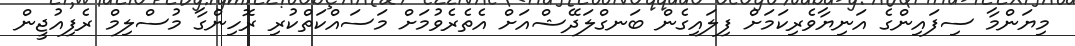
މިޔަންމާ ސިފައިންގެ އަނިޔާވެރިކަމަށް ފިލައިގެން ބަނގްލަދޭޝްއަށް އެތެރެވުމަށް މަސައްކަތްކުރި ރޮހިންގާ މުސްލިމް ރެފިއުޖީން